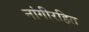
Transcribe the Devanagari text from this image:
नांगीरहित